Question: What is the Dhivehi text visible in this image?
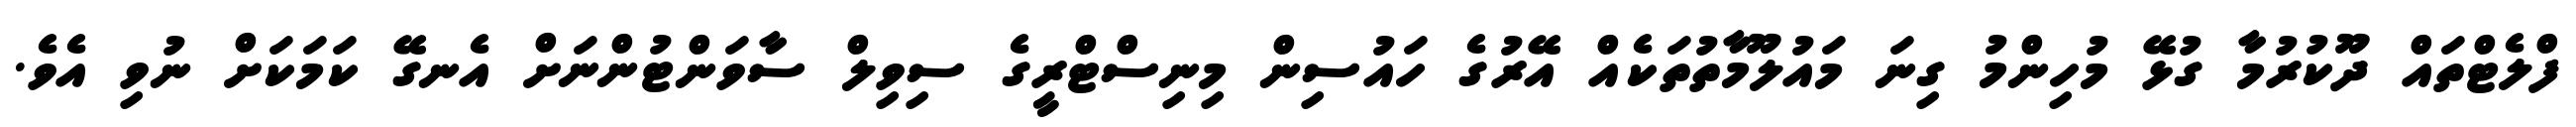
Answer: ފްލެޓްތައް ދޫކުރުމާ ގުޅޭ މުހިންމު ގިނަ މައުލޫމާތުތަކެއް އޭރުގެ ހައުސިން މިނިސްޓްރީގެ ސިވިލް ސާވަންޓުންނަށް އެނގޭ ކަމަކަށް ނުވި އެވެ.